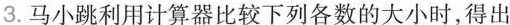
3.马小跳利用计算器比较下列各数的大小时，得出